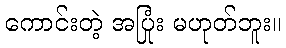
ကောင်းတဲ့ အပြုံး မဟုတ်ဘူး။